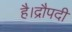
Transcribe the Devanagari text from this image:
है।द्रौपदी